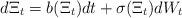
LaTeX: \begin{align*}d\Xi_t=b(\Xi_t)dt+\sigma(\Xi_t)dW_t\end{align*}